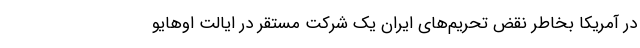
در آمریکا بخاطر نقض تحریم‌های ایران یک شرکت مستقر در ایالت اوهایو